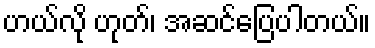
ဟယ်လို ဟုတ်၊ အဆင်ပြေပါတယ်။